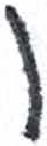
אות: ן